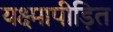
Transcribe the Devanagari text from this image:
यक्ष्मापीड़ित